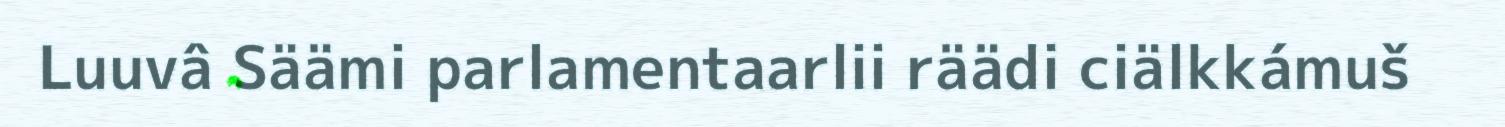
Luuvâ Säämi parlamentaarlii räädi ciälkkámuš